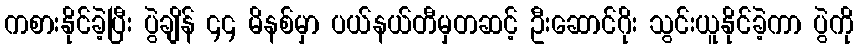
ကစားနိုင်ခဲ့ပြီး ပွဲချိန် ၄၄ မိနစ်မှာ ပယ်နယ်တီမှတဆင့် ဦးဆောင်ဂိုး သွင်းယူနိုင်ခဲ့ကာ ပွဲကို